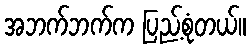
အဘက်ဘက်က ပြည့်စုံတယ်။